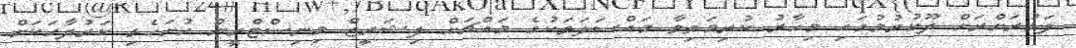
ފަޅުރަށްރަށް ދޫކުރުމުގައި މިހާރު ކުރިމަތިވާ މައްސަލަތަކުގެ މައްޗަށް ފިޝަރީޒް މިނިސްޓްރީން ހުށަހެޅި ކަރުދާހަކަށް